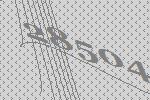
28504